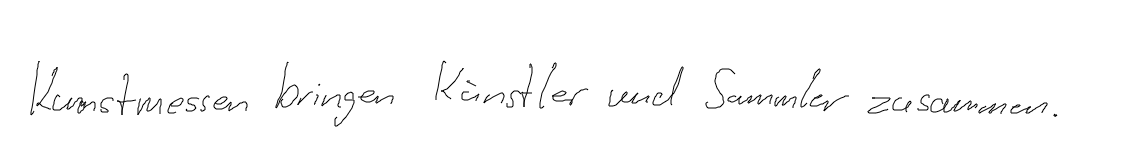
Kunstmessen bringen Künstler und Sammler zusammen.